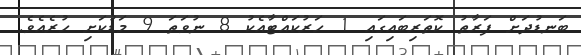
ބަނޑުދަށް ފަރާތު ކޮތަރިބައިގައި 1 ހަރުކައްޓާއެކު 8 ނުވަތަ 9 މަޑުކަށި ހުރެއެވެ.